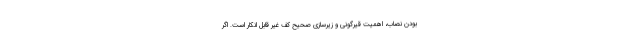
بودن نصاب، اهمیت قیرگونی و زیرسازی صحیح کف غیر قابل انکار است. اگر